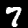
Label: 7